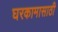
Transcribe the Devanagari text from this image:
घरकामासाठी